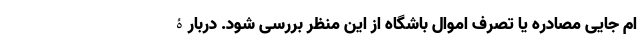
ام جایی مصادره یا تصرف اموال باشگاه از این منظر بررسی شود. دربارۀ